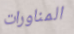
المناورات